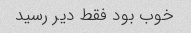
خوب بود فقط دیر رسید